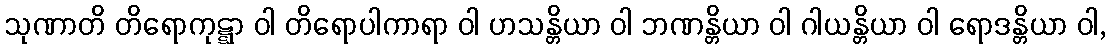
သုဏာတိ တိရောကုဋ္ဋာ ဝါ တိရောပါကာရာ ဝါ ဟသန္တိယာ ဝါ ဘဏန္တိယာ ဝါ ဂါယန္တိယာ ဝါ ရောဒန္တိယာ ဝါ,